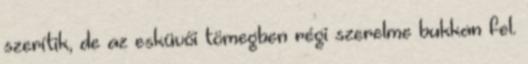
szerítik, de az esküvői tömegben régi szerelme bukkan fel.